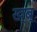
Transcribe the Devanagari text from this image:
ख्ब्